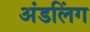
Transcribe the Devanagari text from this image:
अंडलिंग